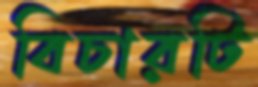
বিচারটি